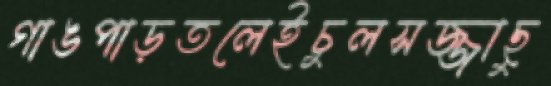
গাঙপাড়তলেইচুলসজ্জাছু